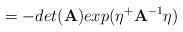
LaTeX: \begin{align*}= - det(\mbox{\bf A}) exp(\eta^+\mbox{\bf A}^{-1}\eta)\end{align*}